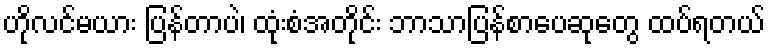
ဟိုလင်မယား ပြန်တာပဲ၊ ထုံးစံအတိုင်း ဘာသာပြန်စာပေဆုတွေ ထပ်ရတယ်